Vaccination in Bombay 1856-1862 - 1856-1862
Year: 1856
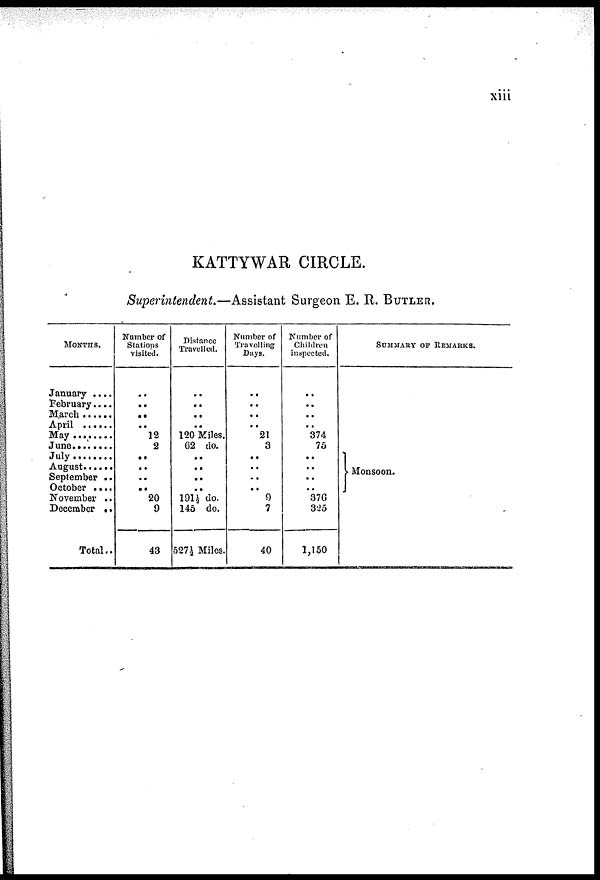
xiii
KATTYWAR CIRCLE.
Superintendent.—Assistant Surgeon E. R. BUTLER.
MONTHS.
January ....
February....
March ......
April .......
May .....
June .......
July ........
August .....
September ..
October ....
November ..
December ..
Total..
Number of
Stations
visited.
..
..
..
..
12
2
..
..
..
.. 20
9
43
Distance
Travelled.
..
..
..
..
120 Miles.
62 do.
..
..
..
..
191½ do.
145 do.
527½ Miles.
Number of
Travailing
Days.
..
..
..
..
21
3
..
..
..
.. 9
7
40
Number of
Children
inspected.
..
..
..
..
374
75
..
..
..
..
376
325
1,150
SUMMARY OF REMARKS.
Monsoon.